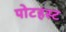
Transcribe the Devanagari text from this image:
पोटहस्ट